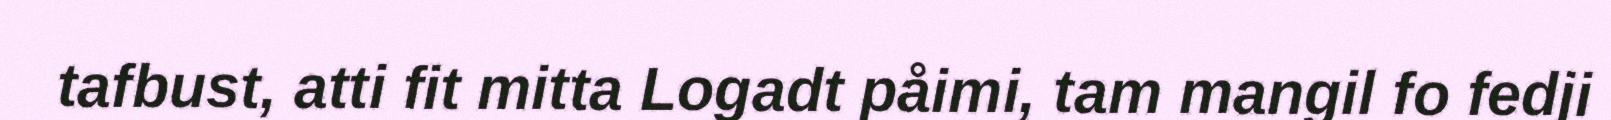
tafbust, atti fit mitta Logadt påimi, tam mangil fo fedji